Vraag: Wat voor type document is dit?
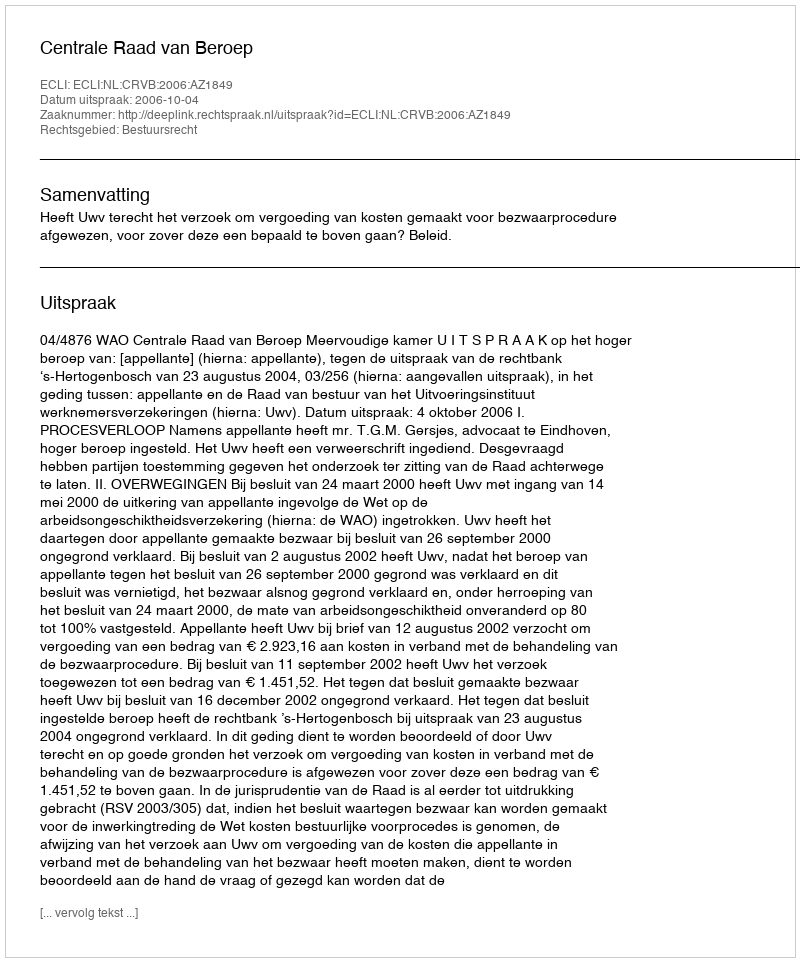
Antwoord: Uitspraak